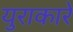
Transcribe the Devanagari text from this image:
युराकारे